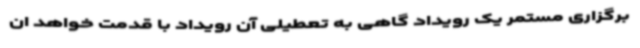
برگزاری مستمر یک رویداد گاهی به تعطیلی آن رویداد با قدمت خواهد ان